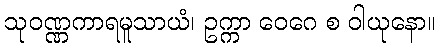
သုဝဏ္ဏကာရမူသာယံ၊ ဥက္ကာ ဝေဂေ စ ဝါယုနော။